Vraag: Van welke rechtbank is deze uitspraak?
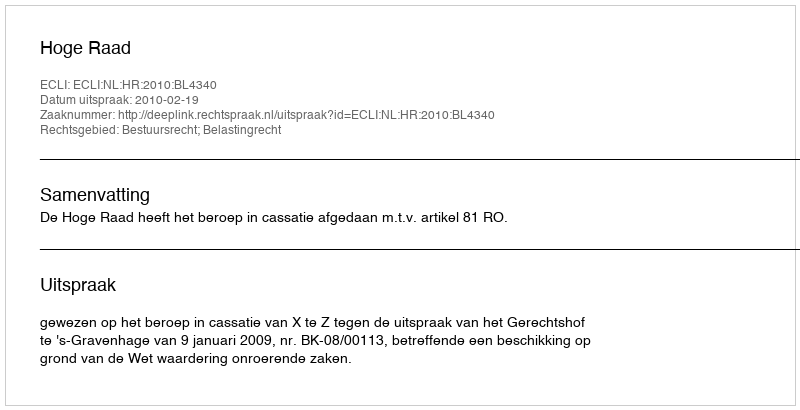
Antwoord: Hoge Raad